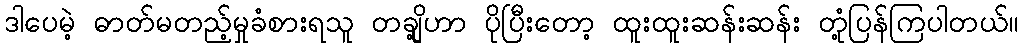
ဒါပေမဲ့ ဓာတ်မတည့်မှုခံစားရသူ တချို့ဟာ ပိုပြီးတော့ ထူးထူးဆန်းဆန်း တုံ့ပြန်ကြပါတယ်။